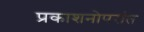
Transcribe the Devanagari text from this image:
प्रकाशनोपरांत